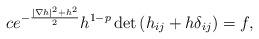
LaTeX: \begin{align*}ce^{-{\frac{|\nabla h|^2+h^2}{2}}}h^{1-p}\det{(h_{ij}+h\delta_{ij})}=f,\end{align*}